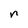
Character: n